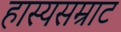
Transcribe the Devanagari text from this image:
हास्यसम्राट